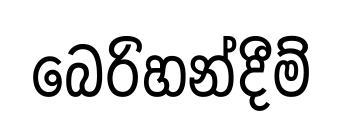
බෙරිහන්දීම්